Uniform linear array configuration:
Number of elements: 4
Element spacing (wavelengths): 0.25
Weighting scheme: binomial
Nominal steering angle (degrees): -30
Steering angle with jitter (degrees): -28.172
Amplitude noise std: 0.05
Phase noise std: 0.05

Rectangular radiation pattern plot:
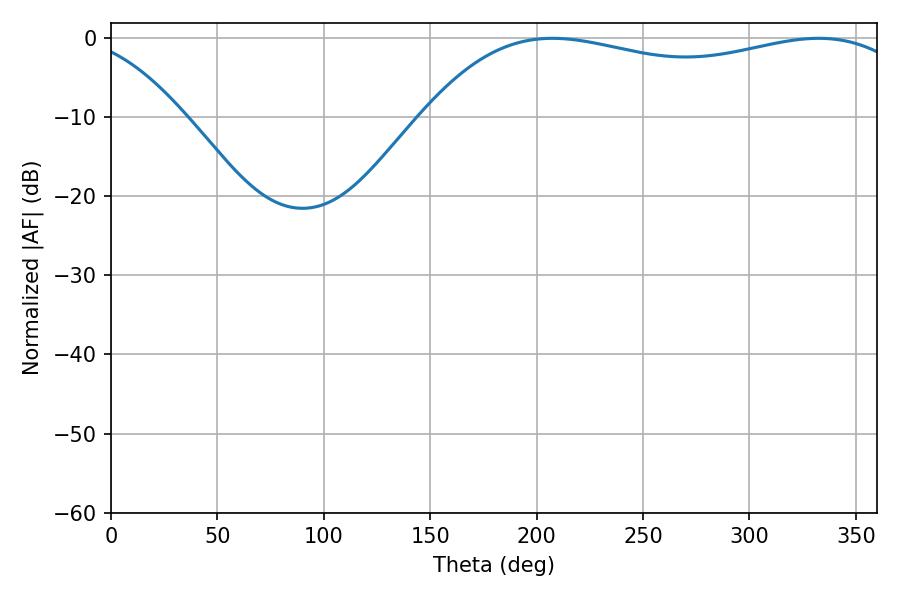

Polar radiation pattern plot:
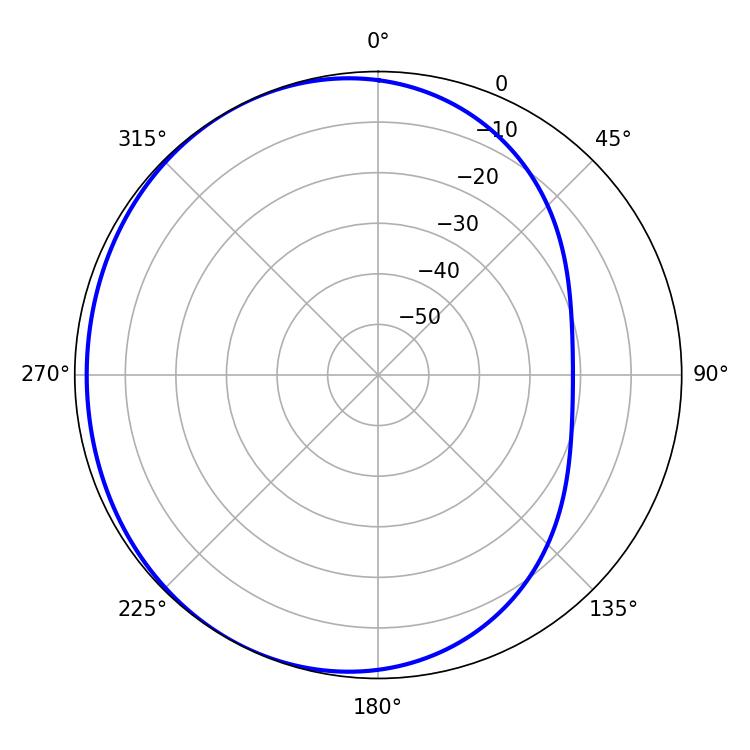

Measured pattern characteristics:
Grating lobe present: FALSE
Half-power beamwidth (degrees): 188.28
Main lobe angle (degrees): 207.54